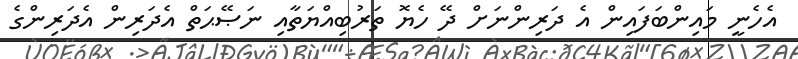
އެހެެނީ މައިންބަފައިން އެ ދަރިންނަށް ދޭ ހެޔޮ ތަރުބިއްޔަތާއި ނަޞޭޙަތް އެދަރިން އެދަރިންގެ